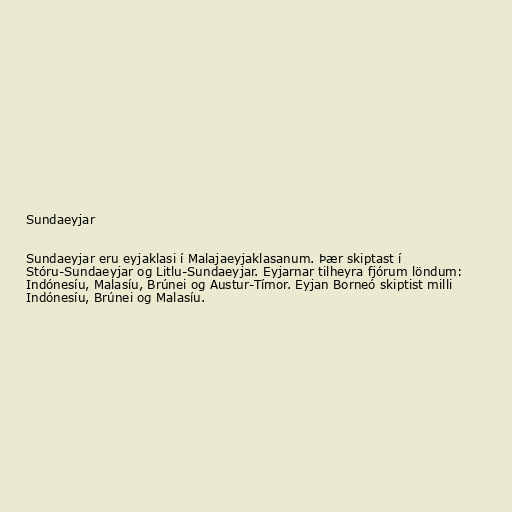
Sundaeyjar

Sundaeyjar eru eyjaklasi í Malajaeyjaklasanum. Þær skiptast í
Stóru-Sundaeyjar og Litlu-Sundaeyjar. Eyjarnar tilheyra fjórum löndum:
Indónesíu, Malasíu, Brúnei og Austur-Tímor. Eyjan Borneó skiptist milli
Indónesíu, Brúnei og Malasíu.